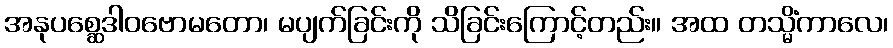
အနုပစ္ဆေဒါဝဗောမတော၊ မပျက်ခြင်းကို သိခြင်းကြောင့်တည်း။ အထ တသ္မိံကာလေ၊